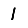
Digit: 1